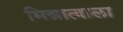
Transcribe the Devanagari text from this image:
भिन्नात्वाला